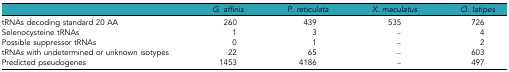
<table><thead><tr><td></td><td><b><i>G. affinis</i></b></td><td><b><i>P. reticulata</i></b></td><td><b><i>X. maculatus</i></b></td><td><b><i>O. latipes</i></b></td></tr></thead><tbody><tr><td>tRNAs decoding standard 20 AA</td><td>260</td><td>439</td><td>535</td><td>726</td></tr><tr><td>Selenocysteine tRNAs</td><td>1</td><td>3</td><td>–</td><td>4</td></tr><tr><td>Possible suppressor tRNAs</td><td>0</td><td>1</td><td>–</td><td>2</td></tr><tr><td>tRNAs with undetermined or unknown isotypes</td><td>22</td><td>65</td><td>–</td><td>603</td></tr><tr><td>Predicted pseudogenes</td><td>1453</td><td>4186</td><td>–</td><td>497</td></tr></tbody></table>